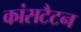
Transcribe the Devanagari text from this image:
कांसटैटन